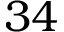
3 4